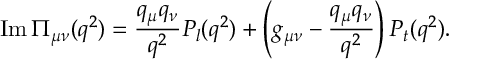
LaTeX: \mathrm { I m \, } { \Pi _ { \mu \nu } ( q ^ { 2 } ) } = { \frac { q _ { \mu } q _ { \nu } } { q ^ { 2 } } } P _ { l } ( q ^ { 2 } ) + \left( { g _ { \mu \nu } } - { \frac { q _ { \mu } q _ { \nu } } { q ^ { 2 } } } \right) P _ { t } ( q ^ { 2 } ) .